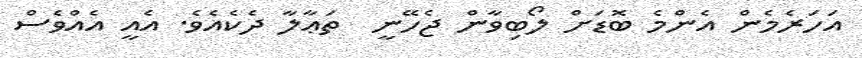
އަހަރެމެން އެންމެ ބޮޑަށް ލޯބިވާން ޖެހޭނީ  ތަޢާލާ ދެކެއެވެ. އެއީ އެއްވެސް